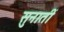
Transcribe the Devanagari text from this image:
सुनातीं